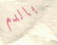
بالدم